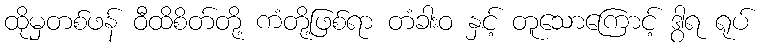
ထိုမှတစ်ဖန် ဝီထိစိတ်တို့ ကံတို့ဖြစ်ရာ တံခါးဝ နှင့် တူသောကြောင့် ဒွါရ ရုပ်